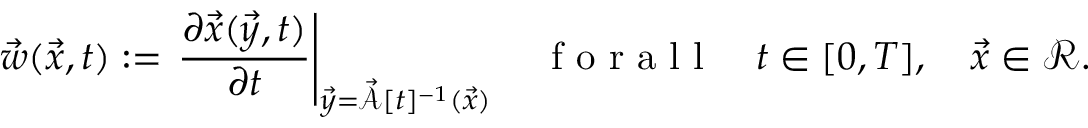
\vec { w } ( \vec { x } , t ) : = \left. \frac { \partial \vec { x } ( \vec { y } , t ) } { \partial t } \right| _ { \vec { y } = \vec { \mathcal { A } } [ t ] ^ { - 1 } ( \vec { x } ) } \quad \mathrm { ~ f ~ o ~ r ~ a ~ l ~ l ~ } \quad t \in [ 0 , T ] , \quad \vec { x } \in \mathscr { R } .